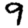
Digit: 9